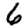
Digit: 6